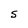
Character: S